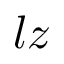
l z